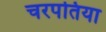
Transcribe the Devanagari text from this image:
चरपतिया